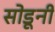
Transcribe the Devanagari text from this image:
सोडूनी